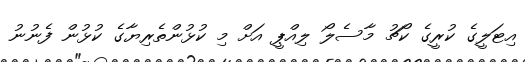
އިޓަލީގެ ކުރީގެ ކޯޗު މާސެލޯ ލިއްޕީ އަށް މި ކުޅުންތެރިޔާގެ ކުޅުން ފެނުނު